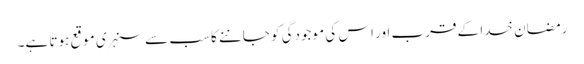
رمضان خدا کے قرب اور اس کی موجودگی کو جاننے کا سب سے سنہری موقع ہوتا ہے۔